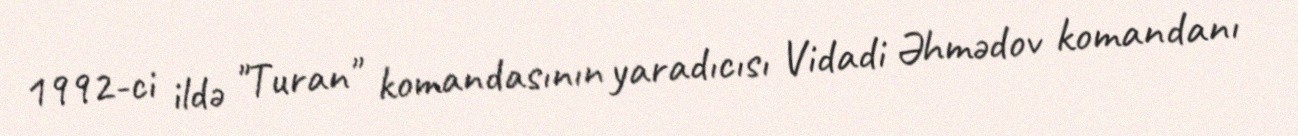
1992-ci ildə "Turan" komandasının yaradıcısı Vidadi Əhmədov komandanı